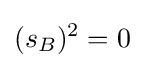
(s_{B})^{2}=0